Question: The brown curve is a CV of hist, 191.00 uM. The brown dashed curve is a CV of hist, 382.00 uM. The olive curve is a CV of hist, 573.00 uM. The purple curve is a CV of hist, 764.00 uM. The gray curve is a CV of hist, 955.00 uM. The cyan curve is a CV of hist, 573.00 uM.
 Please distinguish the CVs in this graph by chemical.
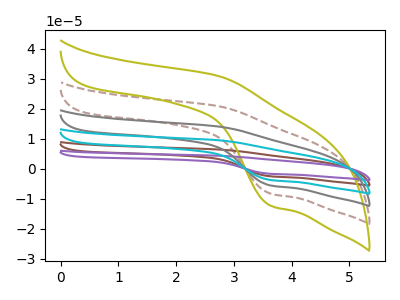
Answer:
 <answer>The brown curve is labeled "hist, 191.00 uM". The brown dashed curve is labeled "hist, 382.00 uM". The olive curve is labeled "hist, 573.00 uM". The purple curve is labeled "hist, 764.00 uM". The gray curve is labeled "hist, 955.00 uM". The cyan curve is labeled "hist, 573.00 uM".</answer>
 <eval></eval>